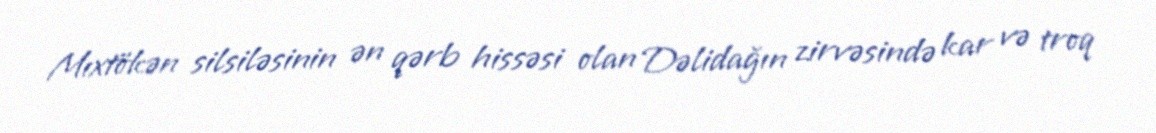
Mıxtökən silsiləsinin ən qərb hissəsi olan Dəlidağın zirvəsində kar və troq